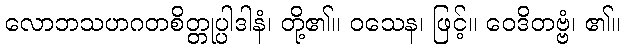
လောဘသဟဂတစိတ္တုပ္ပါဒါနံ၊ တို့၏။ ဝသေန၊ ဖြင့်။ ဝေဒိတဗ္ဗံ၊ ၏။